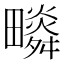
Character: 𤳩